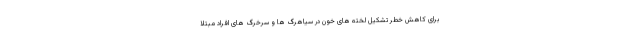
برای کاهش خطر تشکیل لخته های خون در سیاهرگ ها و سرخرگ های افراد مبتلا